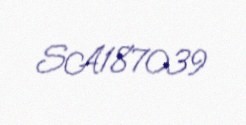
SA187039